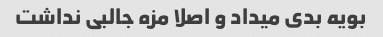
بویه بدی میداد و اصلا مزه جالبی نداشت